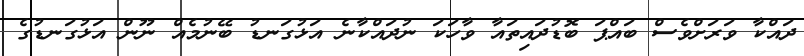
ދައްކާ ވަރަށްވެސް ބައްޕަ ބޮޑުދައިތައާ ވާހަކަ ނުދައްކާނެ އަޅުގަނޑު ބޭނުމެއް ނޫން އަޅުގަނޑުގެ